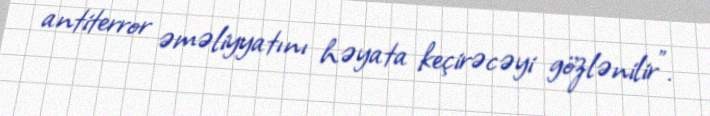
antiterror əməliyyatını həyata keçirəcəyi gözlənilir”.